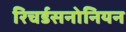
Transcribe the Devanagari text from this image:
रिचर्डसनोनियन